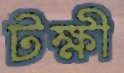
টক্ষী